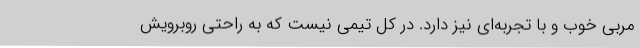
مربی خوب و با تجربه‌ای نیز دارد. در کل تیمی نیست که به راحتی روبرویش